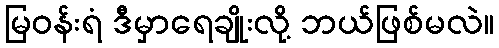
မြဝန်းရံ ဒီမှာရေချိုးလို့ ဘယ်ဖြစ်မလဲ။